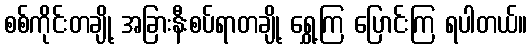
စစ်ကိုင်းတချို့ အခြားနီးစပ်ရာတချို့ ရွှေ့ကြ ပြောင်းကြ ရပါတယ်။